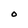
Character: O